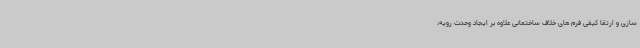
سازی و ارتقا کیفی فرم های خلاف ساختمانی علاوه بر ایجاد وحدت رویه،